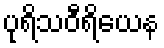
ပုရိသဝီရိယေန